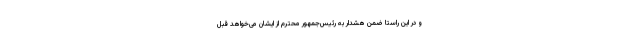
و در این راستا ضمن هشدار به رئیس‌جمهور محترم از ایشان می‌خواهد قبل